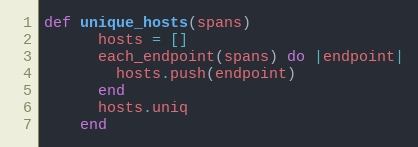
Language: Ruby
def unique_hosts(spans)
      hosts = []
      each_endpoint(spans) do |endpoint|
        hosts.push(endpoint)
      end
      hosts.uniq
    end